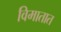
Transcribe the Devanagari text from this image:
विमातात